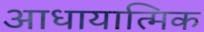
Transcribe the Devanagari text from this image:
आधायात्मिक